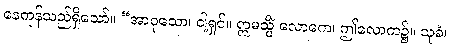
နေကုန်သည်ရှိသော်။ “အာဝုသော၊ ငါ့ရှင်။ ဣမသ္မိံ လောကေ၊ ဤလောက၌။ သုခံ၊